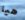
هيا